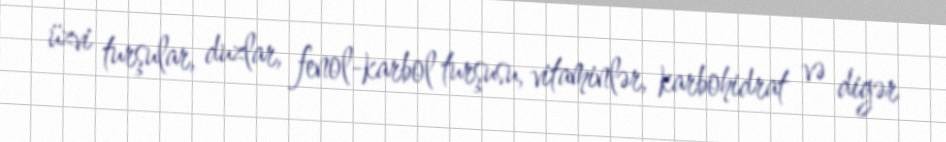
üzvi turşular, duzlar, fenol-karbol turşusu, vitaminlər, karbohidrat və digər